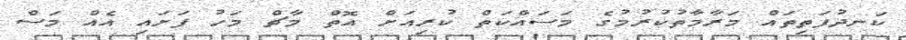
ކަނދުފަތިތައް މަރާމާތުކުރުމުގެ މަސައްކަތް ކުރިއަށް އޮތް މާޗް މަހު ފަށައި އެއް މަސް